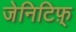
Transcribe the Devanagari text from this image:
जेनिटिफ़्